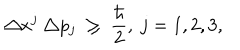
\triangle x ^ { j } \ \triangle p _ { j } \ \geq \ \frac { \hbar } { 2 } , \ j = 1 , 2 , 3 ,